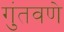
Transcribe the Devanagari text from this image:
गुंतवणे